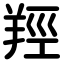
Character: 羥